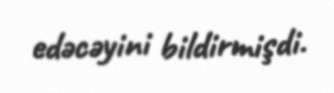
edəcəyini bildirmişdi.